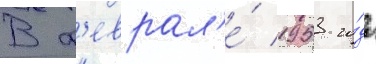
В ф'еврал'е́ 1953 го́да